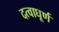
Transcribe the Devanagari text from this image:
दत्वाघूर्ण